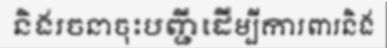
និងរចនាចុះបញ្ជីដើម្បីការពារនិង